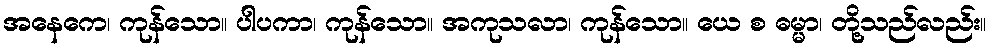
အနေကေ၊ ကုန်သော။ ပါပကာ၊ ကုန်သော။ အကုသလာ၊ ကုန်သော။ ယေ စ ဓမ္မာ၊ တို့သည်လည်း။